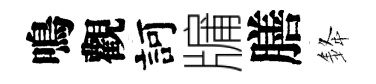
鳴觀訶牖膳𨦟